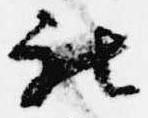
被